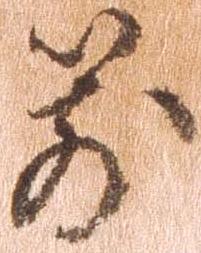
箭